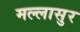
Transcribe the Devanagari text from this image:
मल्लासुर